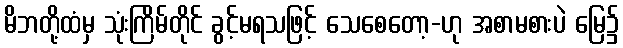
မိဘတို့ထံမှ သုံးကြိမ်တိုင် ခွင့်မရသဖြင့် သေစေတော့-ဟု အစာမစားပဲ မြေ၌